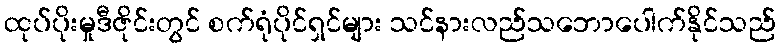
ထုပ်ပိုးမှုဒီဇိုင်းတွင် စက်ရုံပိုင်ရှင်များ သင်နားလည်သဘောပေါက်နိုင်သည်